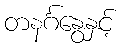
တနင်္ဂနွေနှင့်